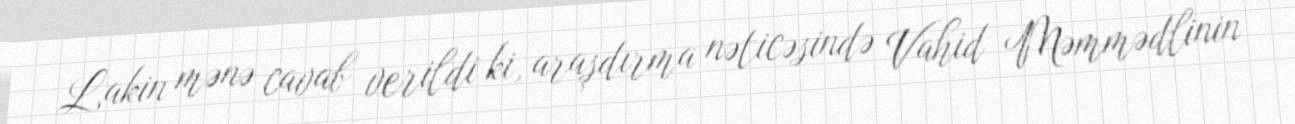
Lakin mənə cavab verildi ki, araşdırma nəticəsində Vahid Məmmədlinin